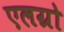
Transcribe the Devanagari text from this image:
एलग्रो